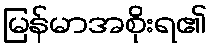
မြန်မာအစိုးရ၏